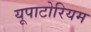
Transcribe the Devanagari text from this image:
यूपाटोरियम